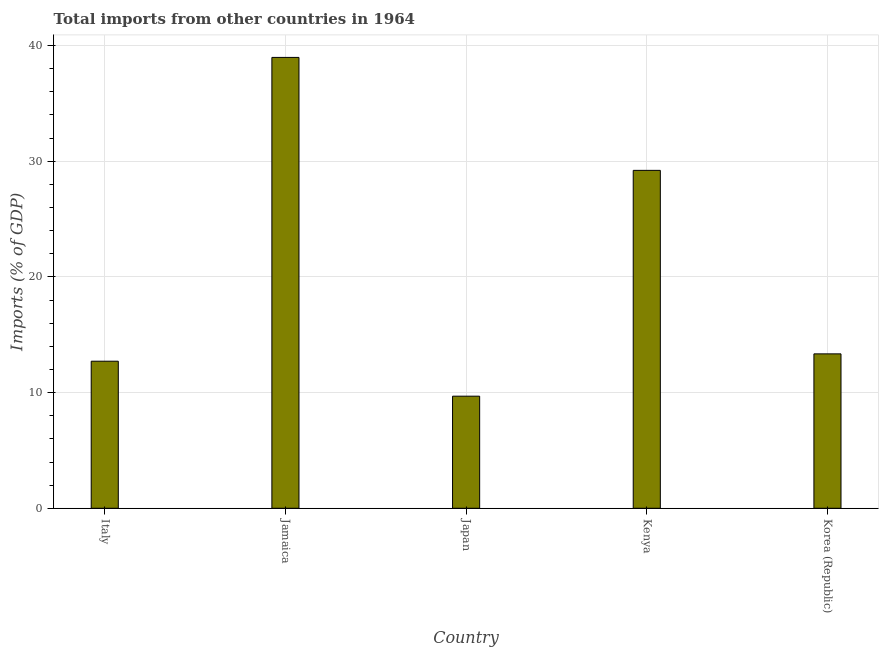
| Country | Imports |
 | --- | --- |
 | Italy | 12.7 |
 | Jamaica | 39 |
 | Japan | 9.69 |
 | Kenya | 29.2 |
 | Korea (Republic) | 13.3 |